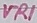
Text: VR1